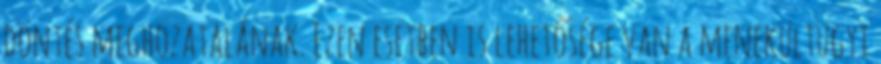
döntés meghozatalának. Ezen esetben is lehetősége van a menekültügyi